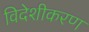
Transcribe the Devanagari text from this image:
विदेशीकरण